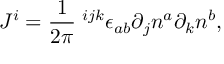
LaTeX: J ^ { i } = \frac 1 { 2 \pi } { \bf \epsilon } ^ { i j k } \epsilon _ { a b } \partial _ { j } n ^ { a } \partial _ { k } n ^ { b } ,